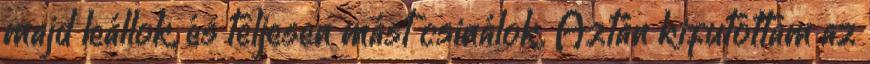
majd leállok, és teljesen mást csinálok. Aztán kifutottam az